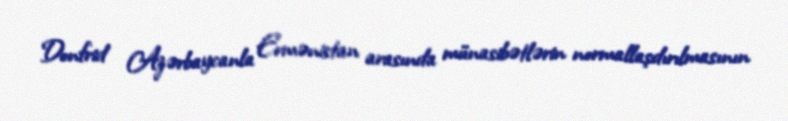
Donfrid Azərbaycanla Ermənistan arasında münasibətlərin normallaşdırılmasının